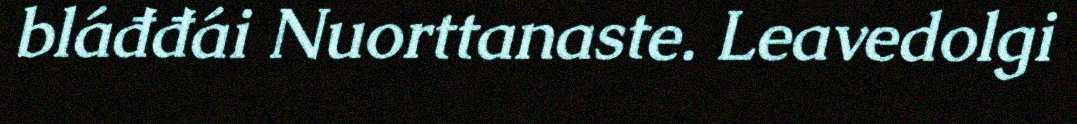
bláđđái Nuorttanaste. Leavedolgi